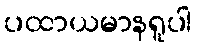
ပထာယမာနရူပါ